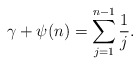
\begin{align*}\gamma+\psi(n)=\sum_{j=1}^{n-1}\frac{1}{j}.\end{align*}